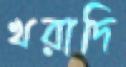
খরাদি